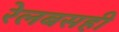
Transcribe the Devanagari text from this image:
रेलबसही